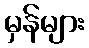
မှန်များ